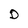
Character: D